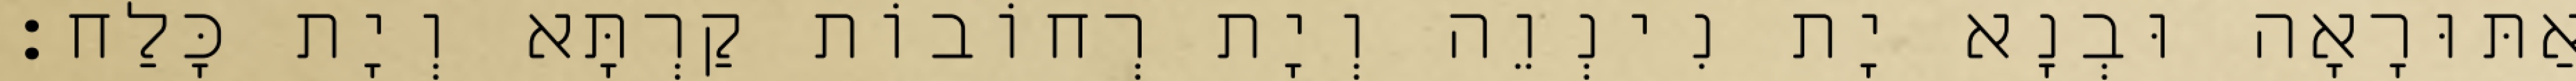
אַתּוּרָאָה וּבְנָא יָת נִינְוֵה וְיָת רְחוֹבוֹת קַרְתָּא וְיָת כָּלַח׃